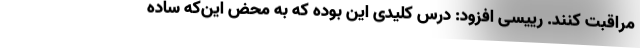
مراقبت کنند. رییسی افزود: درس کلیدی این بوده که به محض این‌که ساده